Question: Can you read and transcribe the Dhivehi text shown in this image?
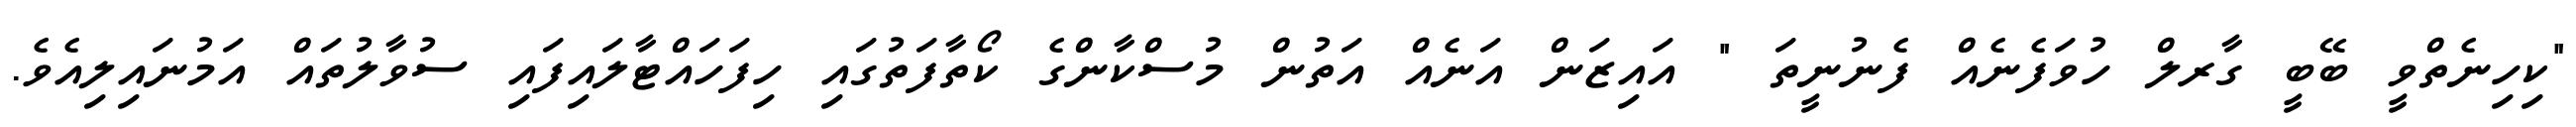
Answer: "ކިހިނެތްވީ ބޭބީ ގާރލް ހުވަފެނެއް ފެނުނީތަ " އައިޒަން އަނެއް އަތުން މުސްކާންގެ ކޯތާފަތުގައި ހިފަހައްޓާލައިފައި ސުވާލުތައް އަމުނައިލިއެވެ.